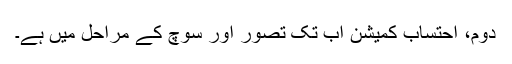
دوم، احتساب کمیشن اب تک تصور اور سوچ کے مراحل میں ہے۔